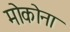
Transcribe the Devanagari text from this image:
मोकोना